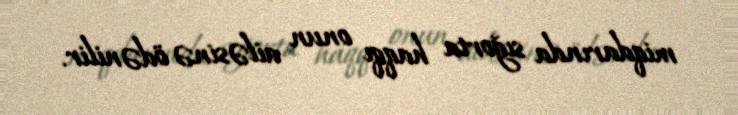
miqdarında sığorta haqqı onun ailəsinə ödənilir.